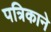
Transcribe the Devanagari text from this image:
पत्रिकाने